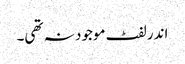
اندر لفٹ موجود نہ تھی۔